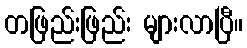
တဖြည်းဖြည်း များလာပြီ။